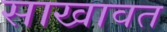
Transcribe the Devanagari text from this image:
साखावत